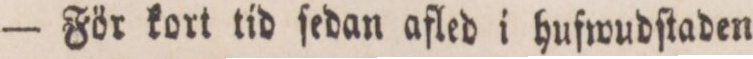
— För kort tid ſedan afled i hufwudſtaden